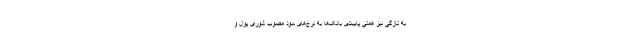
به تازگی نیز همتی پایبندی بانک‌ها به نرخ‌های سود مصوب شورای پول و